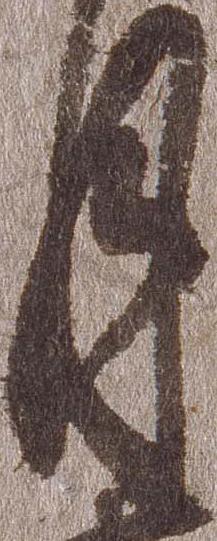
月